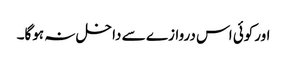
اورکوئی اس دروازے سے داخل نہ ہوگا۔